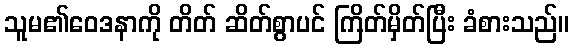
သူမ၏ဝေဒနာကို တိတ် ဆိတ်စွာပင် ကြိတ်မှိတ်ပြီး ခံစားသည်။